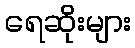
ရေဆိုးများ